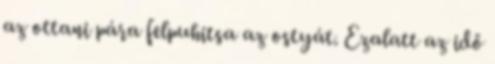
az ottani pára felpuhitsa az ostyát. Ezalatt az idő